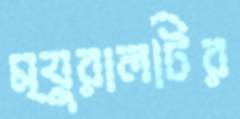
ম্যুরালটির